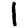
Digit: 1